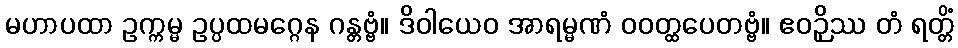
မဟာပထာ ဥက္ကမ္မ ဥပ္ပထမဂ္ဂေန ဂန္တဗ္ဗံ။ ဒိဝါယေဝ အာရမ္မဏံ ဝဝတ္ထပေတဗ္ဗံ။ ဧဝဉှိဿ တံ ရတ္တိံ